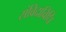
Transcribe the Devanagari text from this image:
संविदाविधि